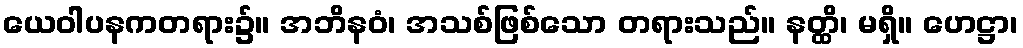
ယေဝါပနကတရား၌။ အဘိနဝံ၊ အသစ်ဖြစ်သော တရားသည်။ နတ္ထိ၊ မရှိ။ ဟေဋ္ဌာ၊